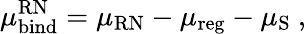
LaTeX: \mu_{\mathrm{bind}}^{\mathrm{RN}}=\mu_{\mathrm{RN}}-\mu_{\mathrm{reg}}-\mu_{\mathrm{S}}\ ,